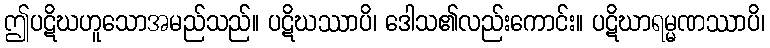
ဤပဋိဃဟူသောအမည်သည်။ ပဋိဃဿာပိ၊ ဒေါသ၏လည်းကောင်း။ ပဋိဃာရမ္မဏဿာပိ၊